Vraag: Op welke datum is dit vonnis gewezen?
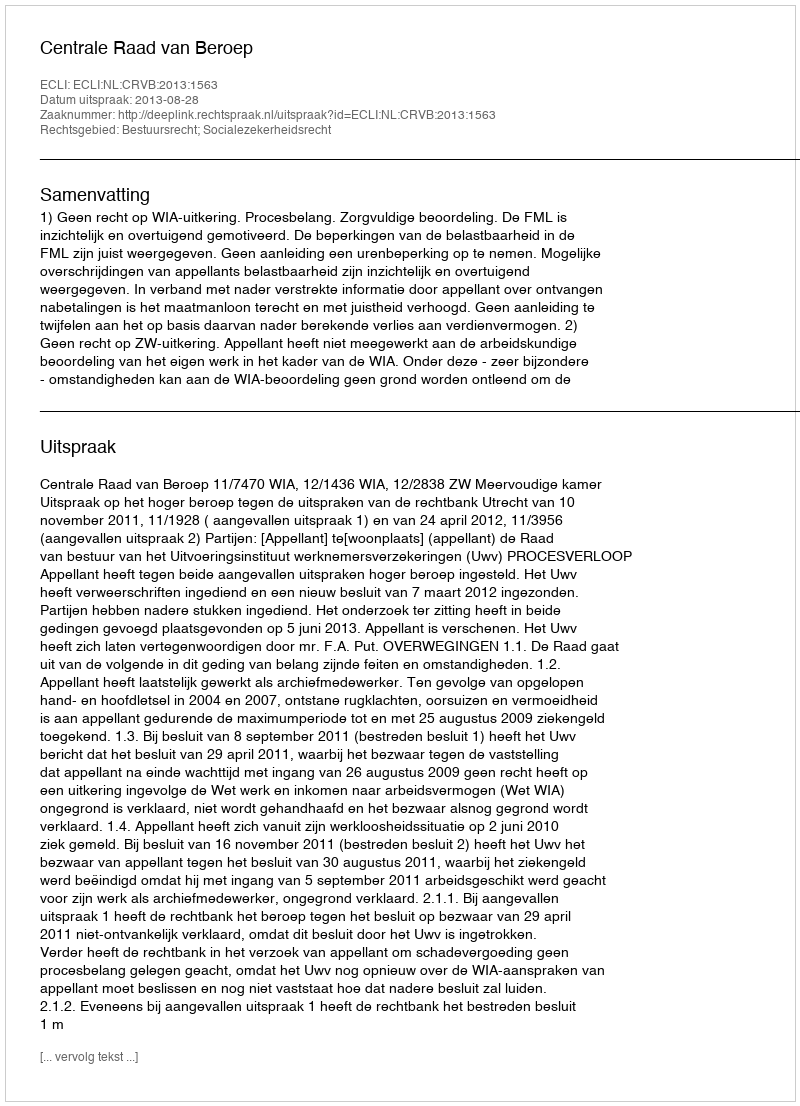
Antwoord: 2013-08-28